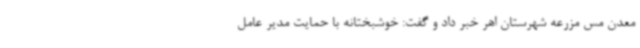
معدن مس مزرعه شهرستان اهر خبر داد و گفت: خوشبختانه با حمایت مدیر عامل